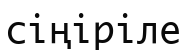
сіңіріле